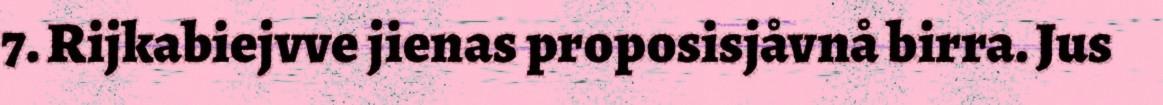
7. Rijkabiejvve jienas proposisjåvnå birra. Jus